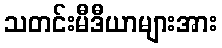
သတင်းမီဒီယာများအား